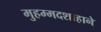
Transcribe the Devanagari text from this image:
मुहम्मदशाहाने